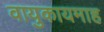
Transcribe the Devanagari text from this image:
वायुकायमाह